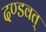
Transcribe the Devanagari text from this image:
दण्डवत्‌